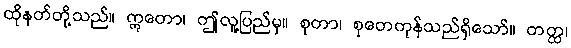
ထိုနတ်တို့သည်။ ဣတော၊ ဤလူ့ပြည်မှ။ စုတာ၊ စုတေကုန်သည်ရှိသော်။ တတ္ထ၊